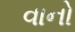
વાનો